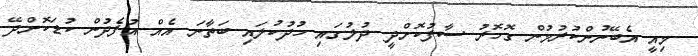
މިއީ އެބޭނުންކުރުމުން ގޮހޮރު ސާފުކޮށްދީ ދުލުގައި ހުދުކުލައި ބަތާނަ އެއް އުފެދުން ކުޑަކޮށްދޭ